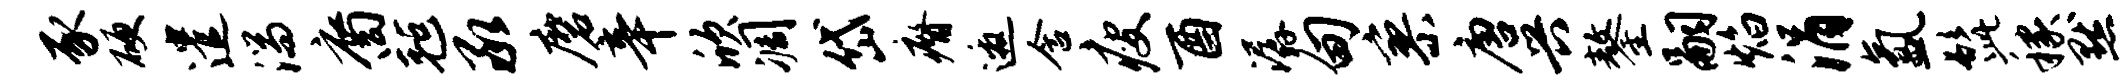
豕硬遣湍裔毡承磨辛欣凋岱瘠邀含瘦酉潺甸寥唐兴鏊嗣焰涓氲髭稼默